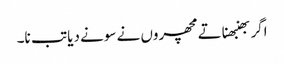
اگر بھنبھناتے مچھروں نے سونے دیا تب نا۔